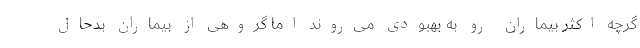
گرچه اکثر بیماران رو به بهبودی می‌روند اما گروهی از بیماران بدحال